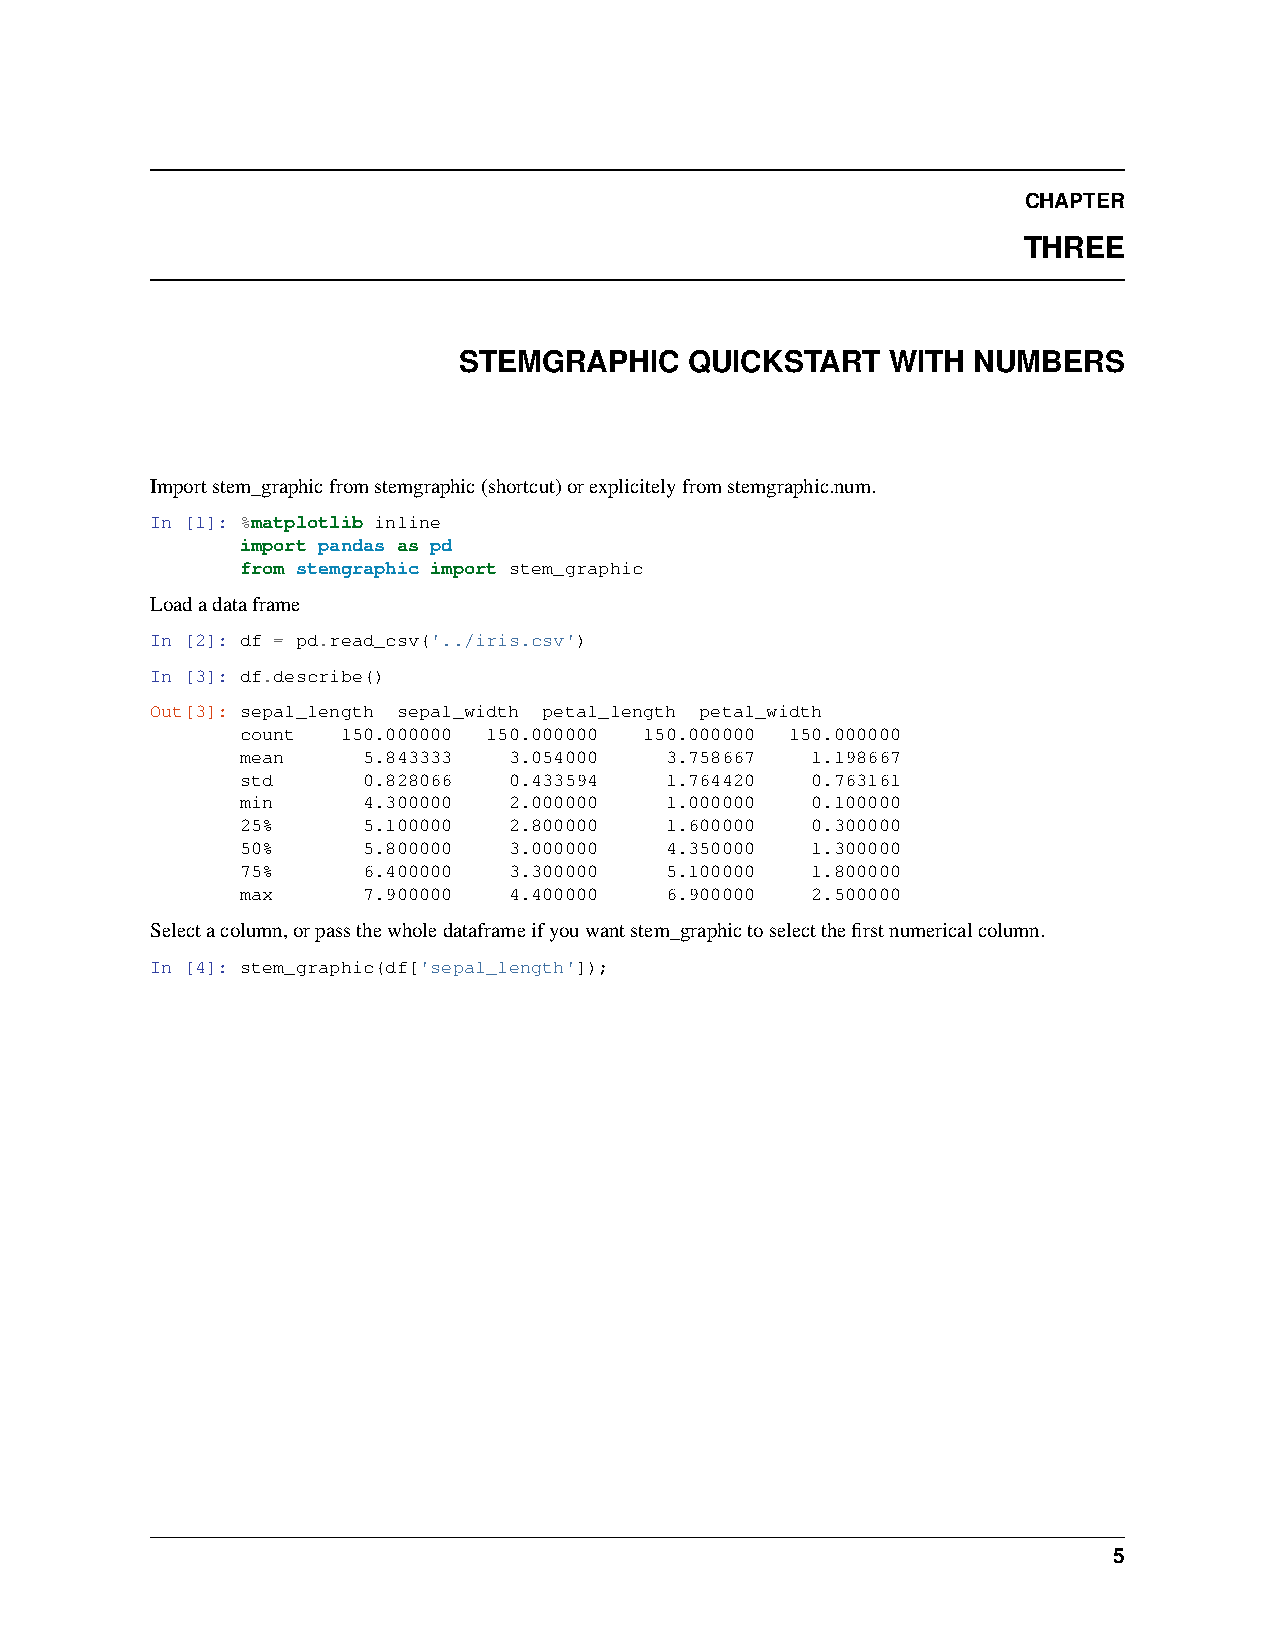
CHAPTER
 THREE
 STEMGRAPHIC     QUICKSTART   WITH NUMBERS
 Importstem_graphicfromstemgraphic(shortcut)orexplicitelyfromstemgraphic.num.
 In [1]: %matplotlib inline
 import pandas as pd
 from stemgraphic import stem_graphic
 Loadadataframe
 In [2]: df = pd.read_csv('../iris.csv')
 In [3]: df.describe()
 Out[3]: sepal_length sepal_width petal_length petal_width
 count  150.000000 150.000000 150.000000 150.000000
 mean    5.843333  3.054000  3.758667  1.198667
 std     0.828066  0.433594  1.764420  0.763161
 min     4.300000  2.000000  1.000000  0.100000
 25%     5.100000  2.800000  1.600000  0.300000
 50%     5.800000  3.000000  4.350000  1.300000
 75%     6.400000  3.300000  5.100000  1.800000
 max     7.900000  4.400000  6.900000  2.500000
 Selectacolumn,orpassthewholedataframeifyouwantstem_graphictoselectthefirstnumericalcolumn.
 In [4]: stem_graphic(df['sepal_length']);
 5